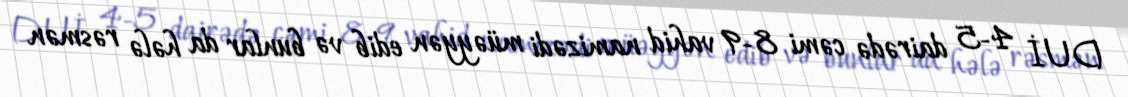
DUİ 4-5 dairədə cəmi 8-9 vahid namizədi müəyyən edib və bunlar da hələ rəsmən